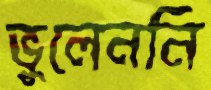
ভুলেননি